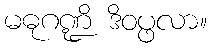
မဓုဂဏ္ဍိ ဒိဝပ္ဖလာ။